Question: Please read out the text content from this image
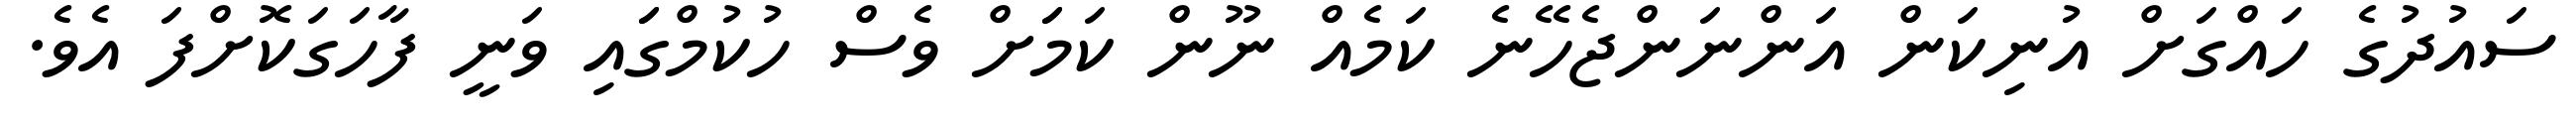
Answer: ސައުދުގެ ހައްގަށް އުނިކަން އަންނަންޖެހޭނެ ކަމެއް ނޫން ކަމަަށް ވެސް ހުކުމްގަައި ވަނީ ފާހަގަކޮށްފަ އެވެ.